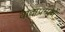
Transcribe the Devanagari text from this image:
वादाप्रमाणें